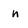
Character: n